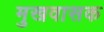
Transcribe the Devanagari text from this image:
मुखवासक